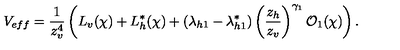
V _ { e f f } = \frac { 1 } { z _ { v } ^ { 4 } } \left( L _ { v } ( \chi ) + L _ { h } ^ { * } ( \chi ) + ( \lambda _ { h 1 } - \lambda _ { h 1 } ^ { * } ) \left( \frac { z _ { h } } { z _ { v } } \right) ^ { \gamma _ { 1 } } { \cal O } _ { 1 } ( \chi ) \right) .